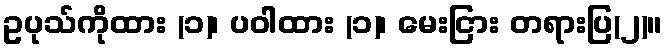
ဥပုသ်ကိုထား (၁)၊ ပဝါထား (၁)၊ မေးငြား တရားပြ(၂)။